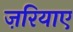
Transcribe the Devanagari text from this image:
ज़रियाए